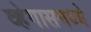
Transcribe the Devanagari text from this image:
व्हेगासमध्ये